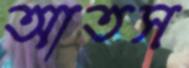
আতস